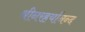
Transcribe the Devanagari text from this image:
श्रीनरहर्यानन्द